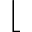
\lfloor